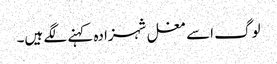
لوگ اسے مغل شہزادہ کہنے لگے ہیں۔